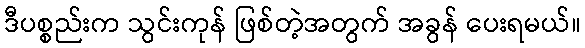
ဒီပစ္စည်းက သွင်းကုန် ဖြစ်တဲ့အတွက် အခွန် ပေးရမယ်။